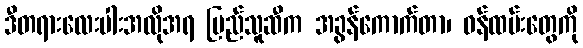
ဒီတရားလေးပါးအလိုအရ ပြည်သူဆီက အခွန်ကောက်တာ၊ ဝန်ထမ်းတွေကို